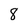
Character: 8